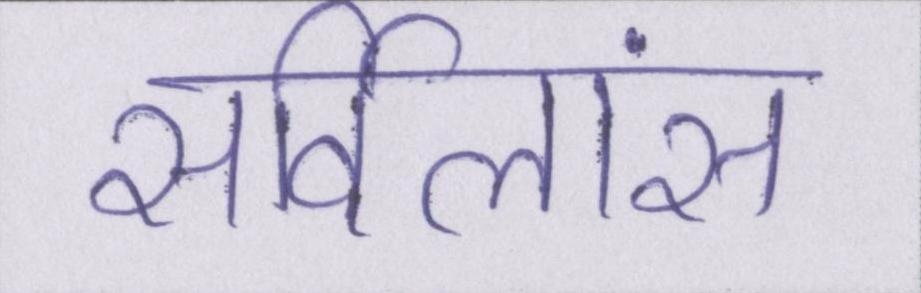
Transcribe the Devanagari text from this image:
सर्विलांस